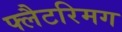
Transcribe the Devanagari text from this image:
फ्लैटरिमग